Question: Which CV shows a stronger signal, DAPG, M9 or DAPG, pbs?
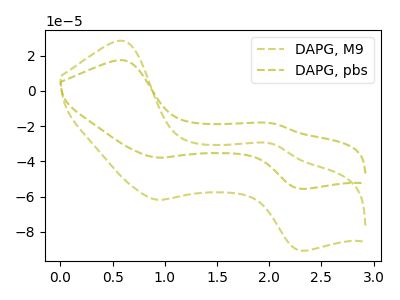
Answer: <think>The olive dashed curve "DAPG, M9" has anodic peaks at (0.60V, 28.45uA) (2.05V, -30.10uA) and cathodic peaks at (0.95V, -61.80uA) (2.30V, -90.70uA). The olive dashed curve "DAPG, pbs" has anodic peaks at (0.60V, 17.45uA) (2.05V, -18.45uA) and cathodic peaks at (0.95V, -37.90uA) (2.30V, -55.60uA).
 All the peaks in "DAPG, M9" have a peak in "DAPG, pbs" at the same potential.</think>
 <answer>I cant tell if "DAPG, M9" or "DAPG, pbs" has more signal.</answer>
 <eval>mixed_signal</eval>